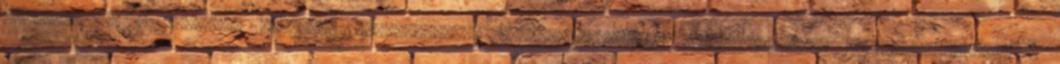
hitelesítése A forgalom megóvása módosítástól, megsemmisítéstől, beavatkozástól, megfertőződéstől. A